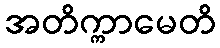
အတိက္ကာမေတိ